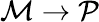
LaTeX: \mathcal{M}\rightarrow\mathcal{P}